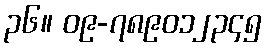
၃၆။ ၀၉-၇၈၉၀၁၂၃၄၅